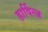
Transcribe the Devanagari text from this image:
हार्वित्ज